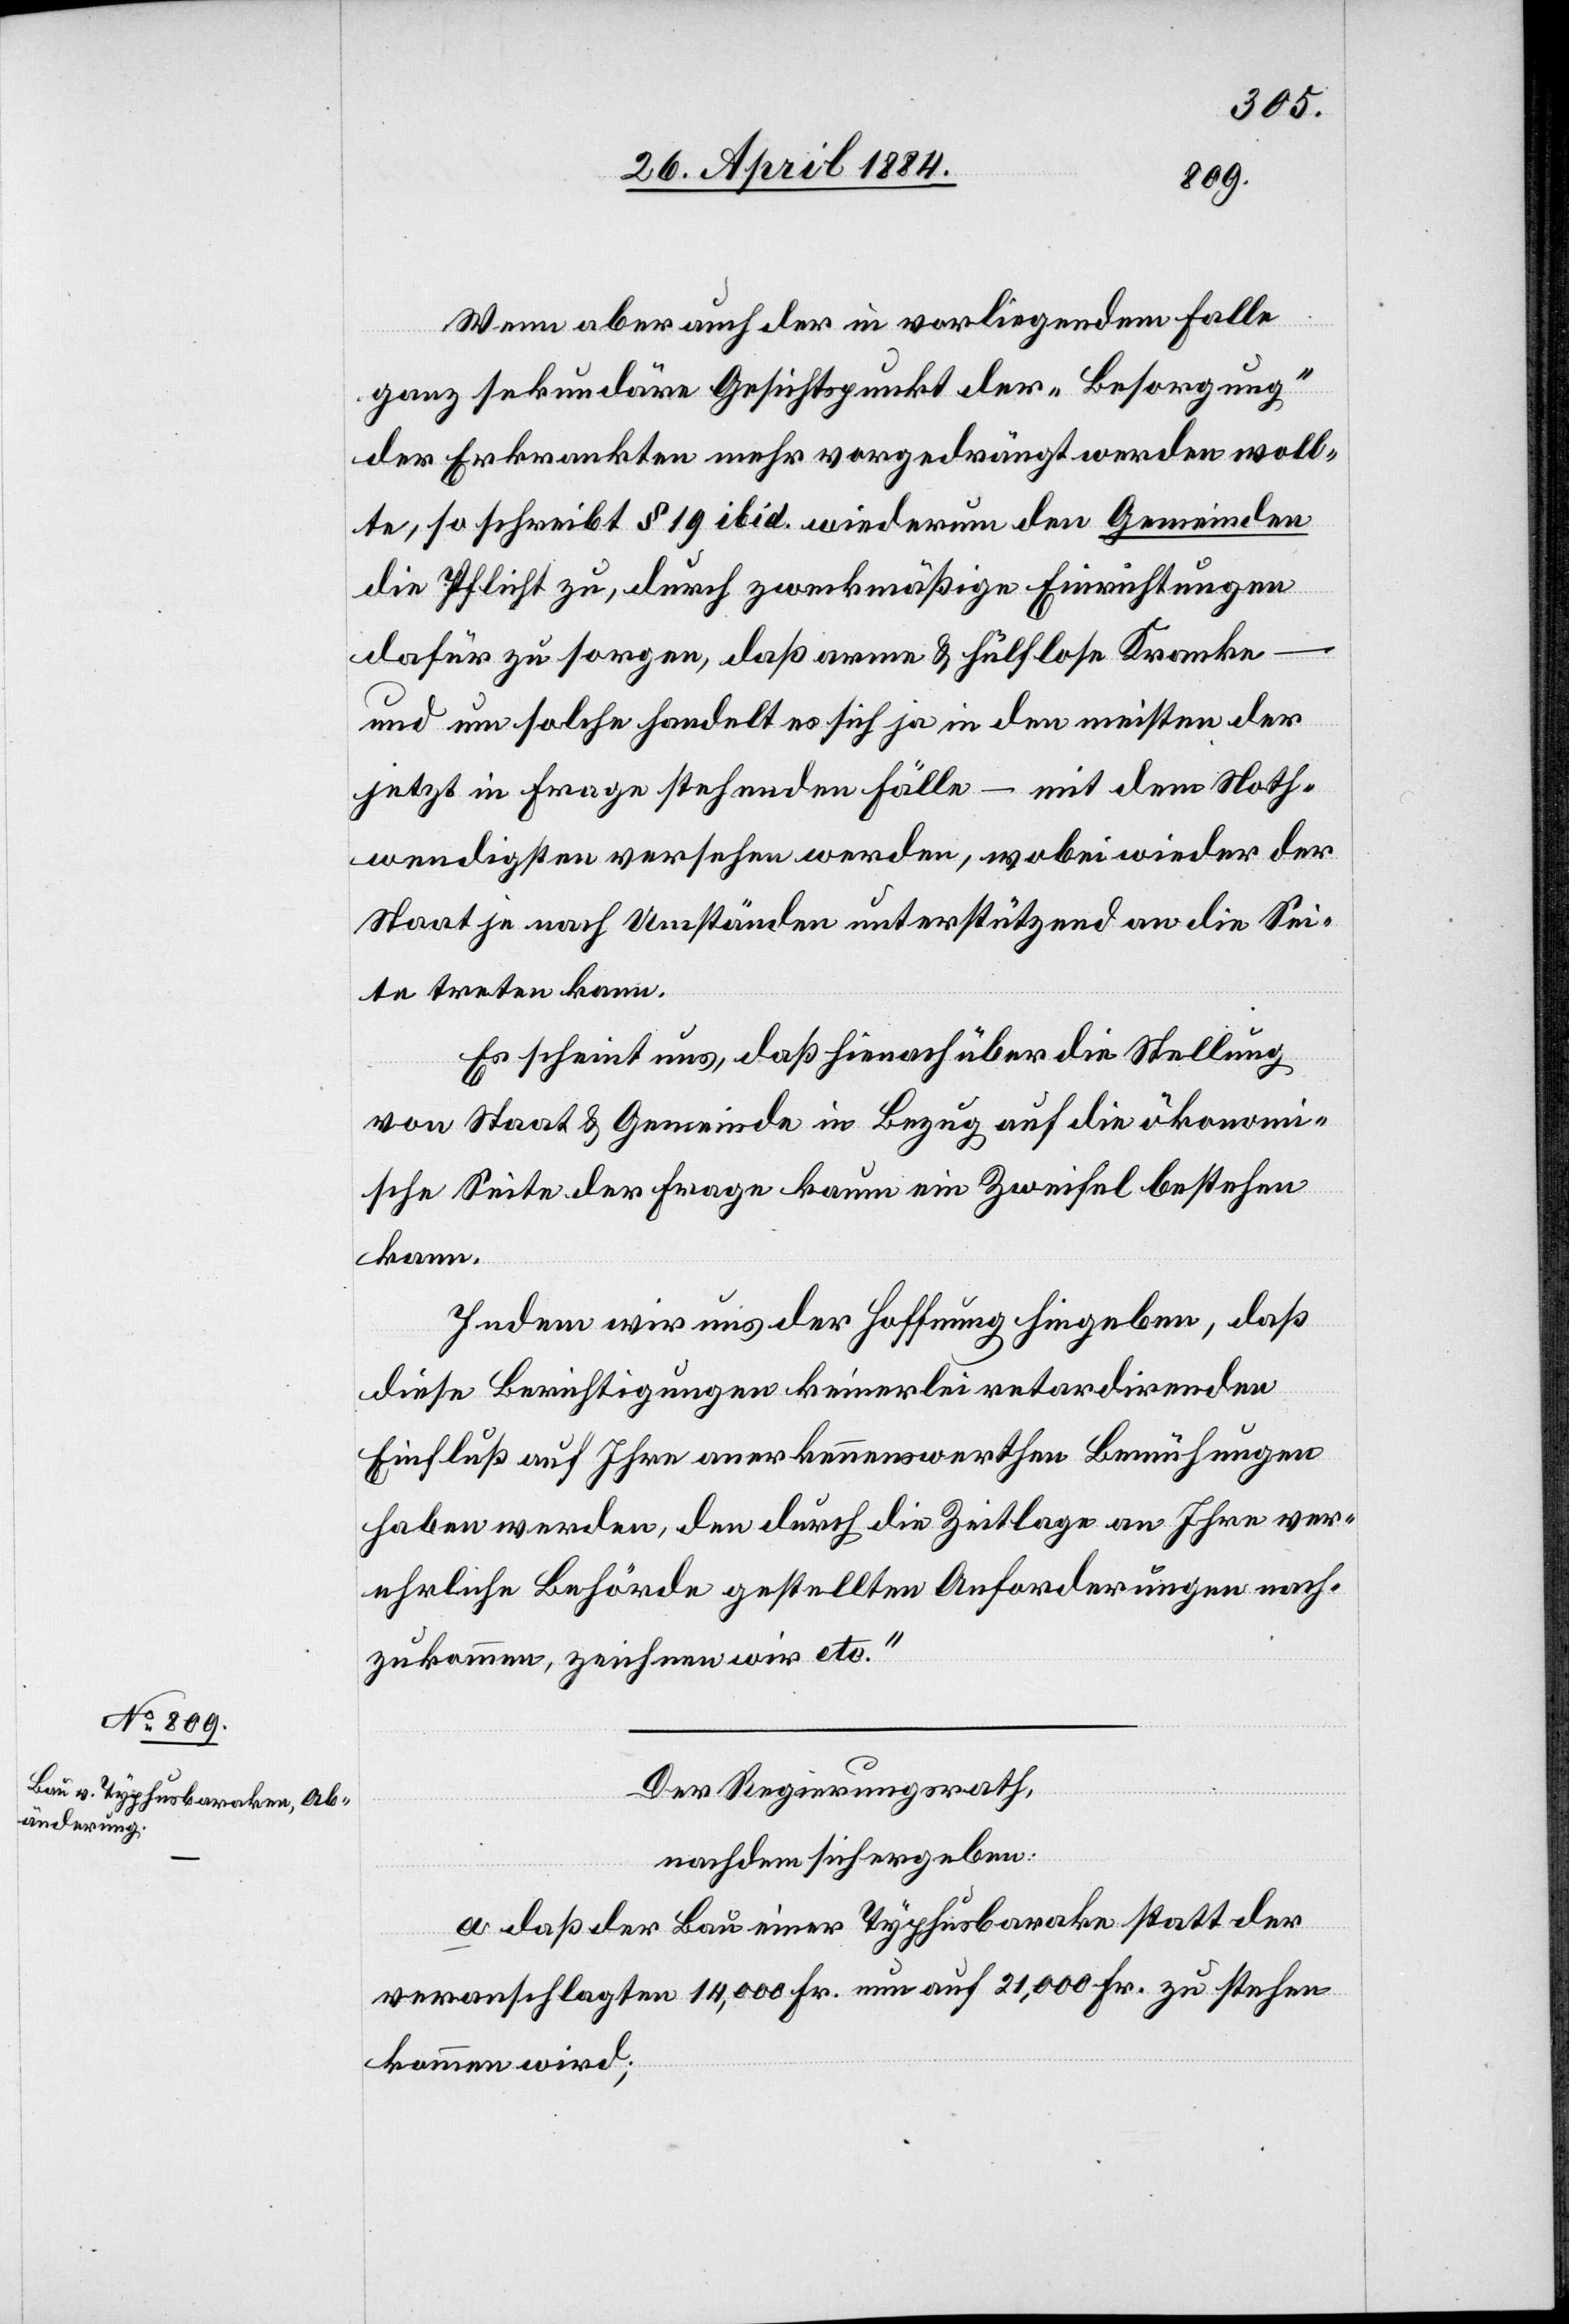
Wenn aber auch der in vorliegendem Falle
ganz sekundäre Gesichtspunkt der „Besorgung“
der Erkrankten mehr vorgedrängt werden woll¬
te, so schreibt § 19 ibid. wiederum den Gemeinden
die Pflicht zu, durch zweckmäßige Einrichtungen
dafür zu sorgen, daß arme & hülflose Kranke
und um solche handelt es sich ja in den meisten der
jetzt in Frage stehenden Fälle – mit dem Noth¬
wendigsten versehen werden, wobei wieder der
Staat je nach Umständen unterstützend an die Sei¬
te treten kann.
Es scheint uns, daß hienach über die Stellung
von Staat & Gemeinde in Bezug auf die ökonomi¬
sche Seite der Frage kaum ein Zweifel bestehen
kann.
Indem wir uns der Hoffnung hingeben, daß
diese Berichtigungen keinerlei retardirenden
Einfluß auf Ihre anerkennenswerthen Bemühungen
haben werden, den durch die Zeitlage an Ihre ver¬
ehrliche Behörde gestellten Anforderungen nach¬
zukommen, zeichnen wir etc.“
Der Regierungsrath,
nachdem sich ergeben:
a. daß der Bau einer Typhusbarake statt der
veranschlagten 14,000 Fr. nun auf 21,000 Fr. zu stehen
kommen wird;